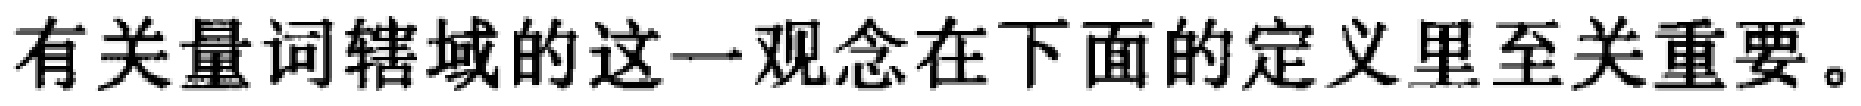
有关量词辖域的这一观念在下面的定义里至关重要。